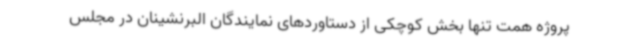
پروژه همت تنها بخش کوچکی از دستاوردهای نمایندگان البرنشینان در مجلس